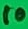
Text: 10